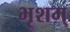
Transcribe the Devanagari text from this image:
भृशम्‌